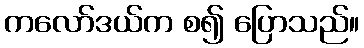
ကလော်ဒယ်က စ၍ ပြောသည်။